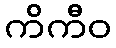
ကိကီဝ